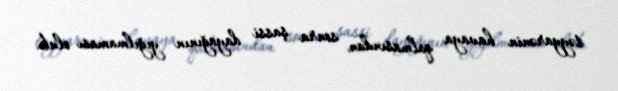
təyyarənin havaya qalmasından sonra şassi dayağının yığılmaması olub.